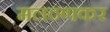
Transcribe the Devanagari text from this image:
मलठणकर